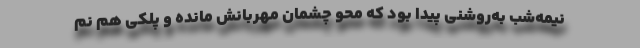
نیمه‌شب به‌روشنی پیدا بود که محو چشمان مهربانش مانده و پلکی هم نم